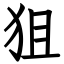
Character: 狙